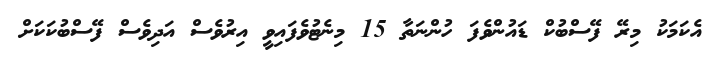
އެކަމަކު މިރޭ ފޭސްބުކް ޑައުންވެފަ ހުންނަތާ 15 މިނެޓުވެފައިވީ އިރުވެސް އަދިވެސް ފޭސްބުކަކަށް